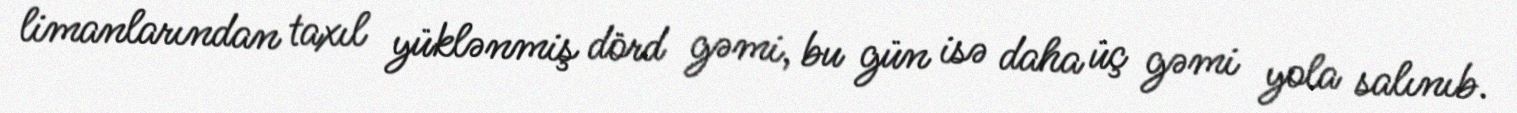
limanlarından taxıl yüklənmiş dörd gəmi, bu gün isə daha üç gəmi yola salınıb.